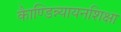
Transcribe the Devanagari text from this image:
काैण्डिन्न्यायनशिक्षा